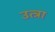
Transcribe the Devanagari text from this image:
उत्त्रा